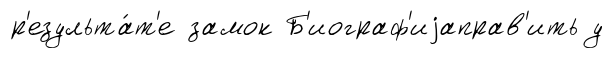
р'езульта́т'е замок Б'иограф'иjаправ'ить у